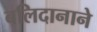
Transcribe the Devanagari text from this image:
बलिदानाने